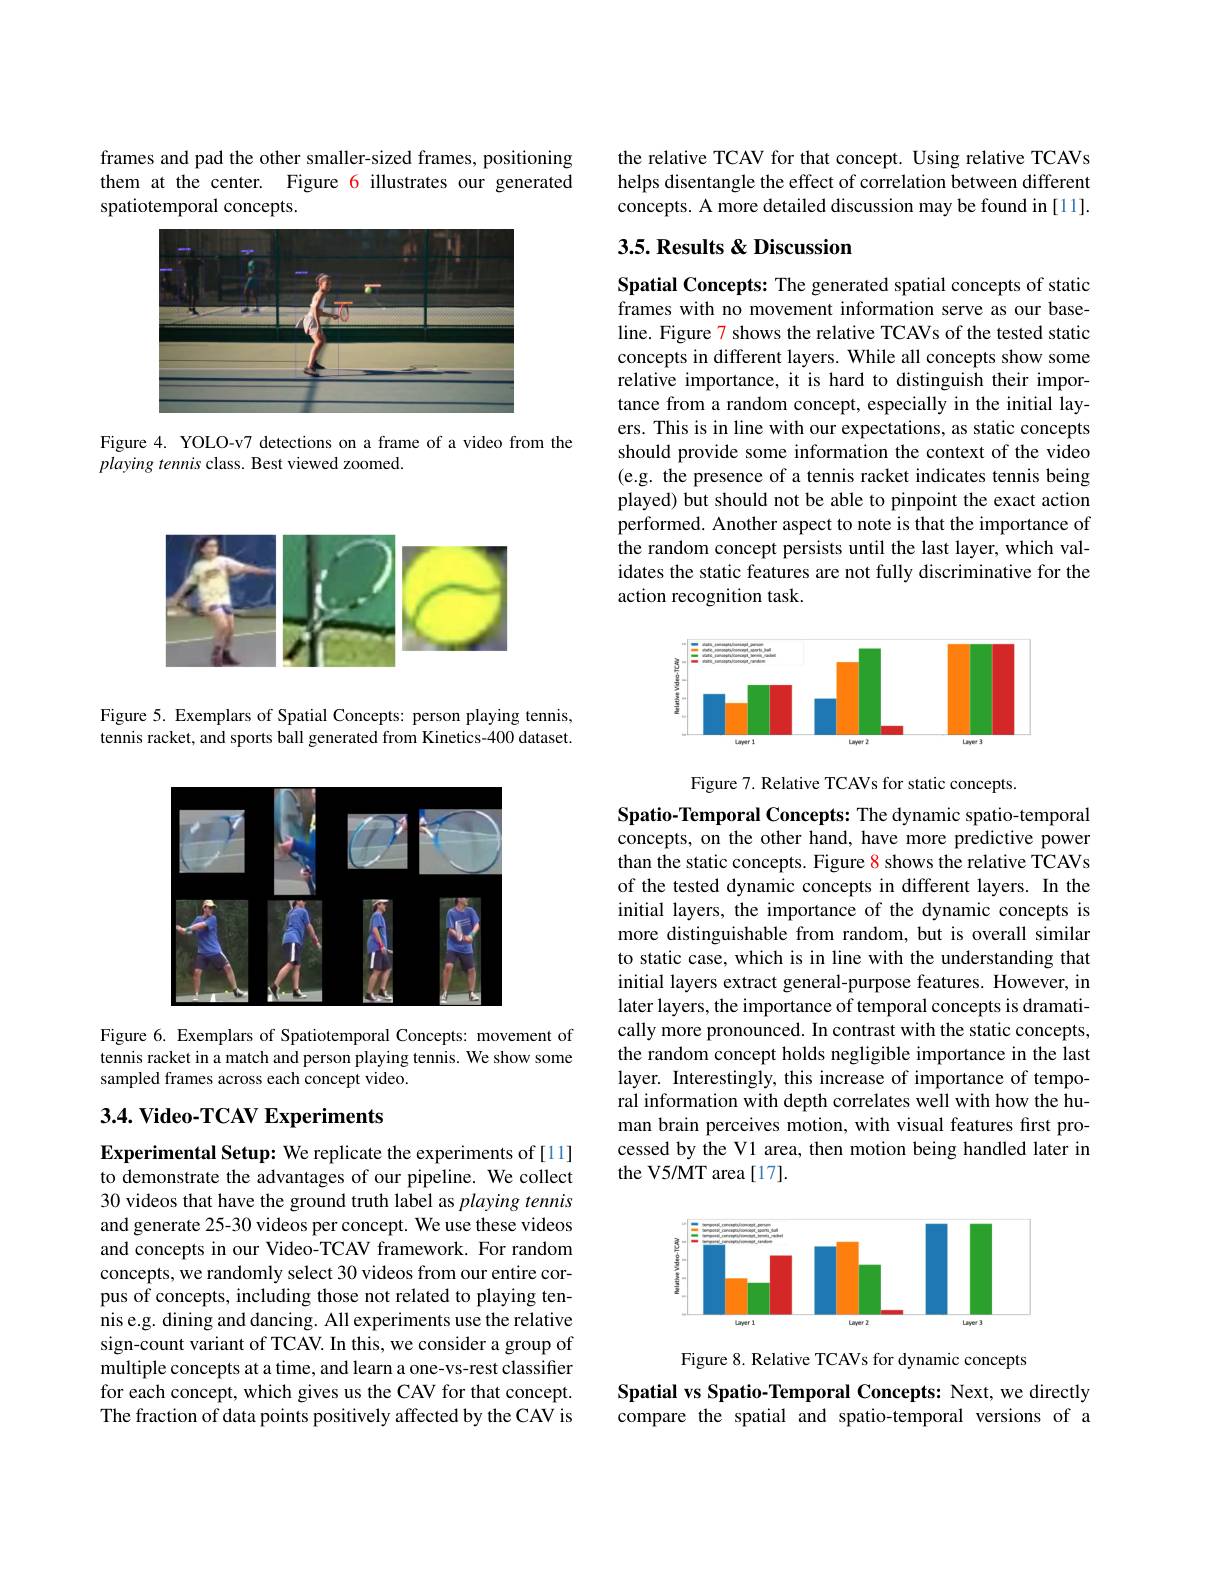
frames and pad the other smaller-sized frames, positioning them at the center. Figure 6 illustrates our generated spatiotemporal concepts.

<FigureHere>

Figure 4. YOLO-v7 detections on a frame of a video from the
playing tennis class. Best viewed zoomed.

<FigureHere>

Figure 5. Exemplars of Spatial Concepts: person playing tennis, tennis racket, and sports ball generated from Kinetics-400 dataset.

<FigureHere>

Figure 6. Exemplars of Spatiotemporal Concepts: movement of tennis racket in a match and person playing tennis. We show some sampled frames across each concept video.

## 3.4. Video-TCAV Experiments

Experimental Setup: We replicate the experiments of [11] to demonstrate the advantages of our pipeline. We collect 30 videos that have the ground truth label as playing tennis and generate 25-30 videos per concept. We use these videos and concepts in our Video-TCAV framework. For random concepts, we randomly select 30 videos from our entire corpus of concepts, including those not related to playing tennis e.g. dining and dancing. All experiments use the relative sign-count variant of TCAV. In this, we consider a group of multiple concepts at a time, and learn a one-vs-rest classifier for each concept, which gives us the CAV for that concept. The fraction of data points positively affected by the CAV is

the relative TCAV for that concept. Using relative TCAVs helps disentangle the effect of correlation between different concepts. A more detailed discussion may be found in[11].

## 3.5. Results & Discussion

Spatial Concepts: The generated spatial concepts of static frames with no movement information serve as our baseline. Figure 7 shows the relative TCAVs of the tested static concepts in different layers. While all concepts show some relative importance, it is hard to distinguish their importance from a random concept, especially in the initial layers. This is in line with our expectations, as static concepts should provide some information the context of the video (e.g. the presence of a tennis racket indicates tennis being played) but should not be able to pinpoint the exact action performed. Another aspect to note is that the importance of the random concept persists until the last layer, which validates the static features are not fully discriminative for the action recognition task.

<FigureHere>

Figure 7. Relative TCAVs for static concepts.

Spatio-Temporal Concepts: The dynamic spatio-temporal concepts, on the other hand, have more predictive power than the static concepts. Figure 8 shows the relative TCAVs of the tested dynamic concepts in different layers. In the initial layers, the importance of the dynamic concepts is more distinguishable from random, but is overall similar to static case, which is in line with the understanding that initial layers extract general-purpose features. However, in later layers, the importance of temporal concepts is dramatically more pronounced. In contrast with the static concepts, the random concept holds negligible importance in the last layer. Interestingly, this increase of importance of temporal information with depth correlates well with how the human brain perceives motion, with visual features first processed by the V1 area, then motion being handled later in the V5/MT area[17].

<FigureHere>

Figure 8. Relative TCAVs for dynamic concepts

Spatial vs Spatio-Temporal Concepts: Next, we directly compare the spatial and spatio-temporal versions of a